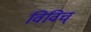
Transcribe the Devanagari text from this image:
विविच्